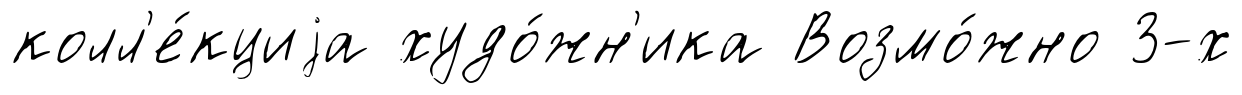
колл'е́кциjа худо́жн'ика Возмо́жно 3-х